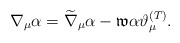
\begin{align*}\nabla _{\mu }\alpha =\widetilde{\nabla }_{\mu }\alpha -\mathfrak{w}\alpha\vartheta _{\mu }^{{\footnotesize (T)}}. \end{align*}